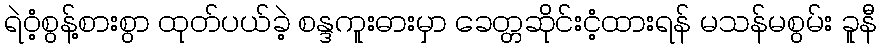
ရဲဝံ့စွန့်စားစွာ ထုတ်ပယ်ခဲ့ စန္ဒကူးဓားမှာ ခေတ္တဆိုင်းငံ့ထားရန် မသန်မစွမ်း ခူနီ